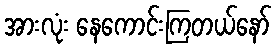
အားလုံး နေကောင်းကြတယ်နော်